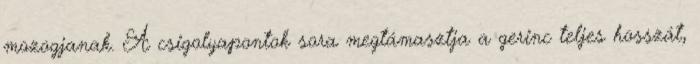
mozogjanak. A csigolyapontok sora megtámasztja a gerinc teljes hosszát,